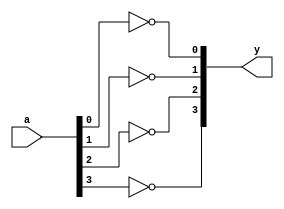
`timescale 1ns / 1ps
//////////////////////////////////////////////////////////////////////////////////
// Module Name: xup_inv_vector
//////////////////////////////////////////////////////////////////////////////////
module xup_inv_vector #(parameter SIZE = 4 , DELAY = 3)(
    input [SIZE-1:0] a,
    output [SIZE-1:0] y
    );
    
   genvar i;
    generate
       for (i=0; i < SIZE; i=i+1) 
       begin: not_i
          not #DELAY(y[i], a[i]);
       end
    endgenerate
   
endmodule